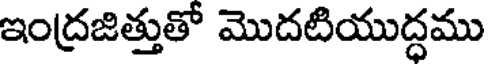
ఇంద్రజిత్తుతో మొదటియుద్ధము